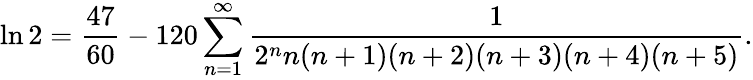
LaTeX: \ln 2={\frac{47}{60}}-120\sum_{n=1}^{\infty}{\frac{1}{2^{n}n(n+1)(n+2)(n+3)(n+4)(n+5)}}.